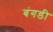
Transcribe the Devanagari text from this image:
बंगडी